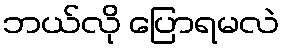
ဘယ်လို ပြောရမလဲ